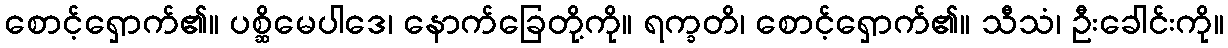
စောင့်ရှောက်၏။ ပစ္ဆိမေပါဒေ၊ နောက်ခြေတို့ကို။ ရက္ခတိ၊ စောင့်ရှောက်၏။ သီသံ၊ ဦးခေါင်းကို။